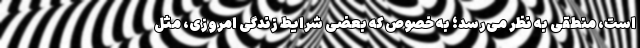
است، منطقی به‌ نظر می‌رسد؛ به‌ خصوص که بعضی شرایط زندگی امروزی، مثل